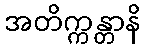
အတိက္ကန္တာနိ